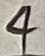
Text: 4